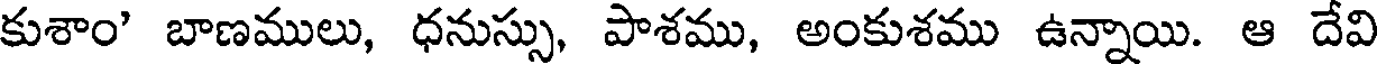
కుశాం' బాణములు, ధనుస్సు, పాశము, అంకుశము ఉన్నాయి. ఆ దేవి